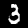
Digit: 3